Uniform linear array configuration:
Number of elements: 32
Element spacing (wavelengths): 1
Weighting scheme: kaiser
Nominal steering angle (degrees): -60
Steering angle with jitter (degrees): -61.685
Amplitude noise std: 0.05
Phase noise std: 0.05

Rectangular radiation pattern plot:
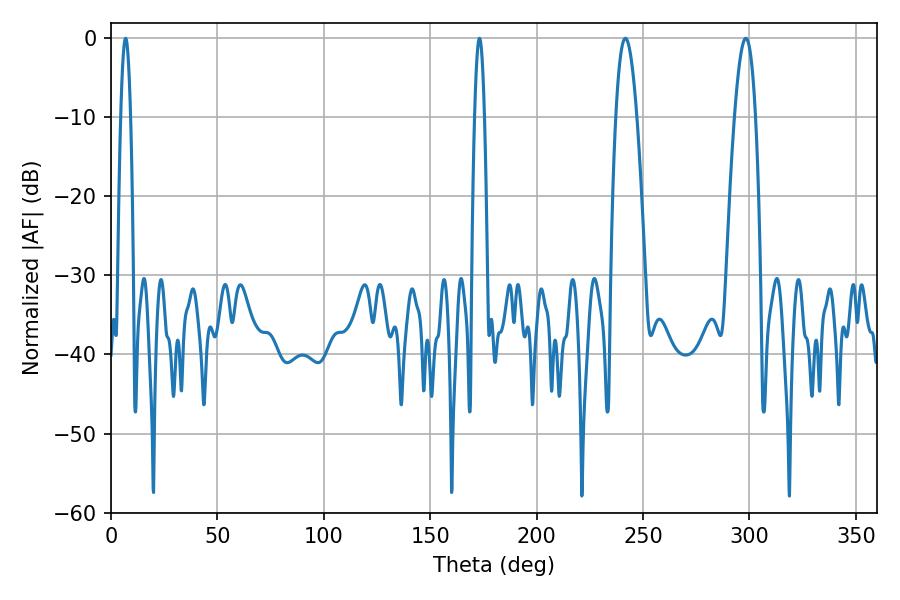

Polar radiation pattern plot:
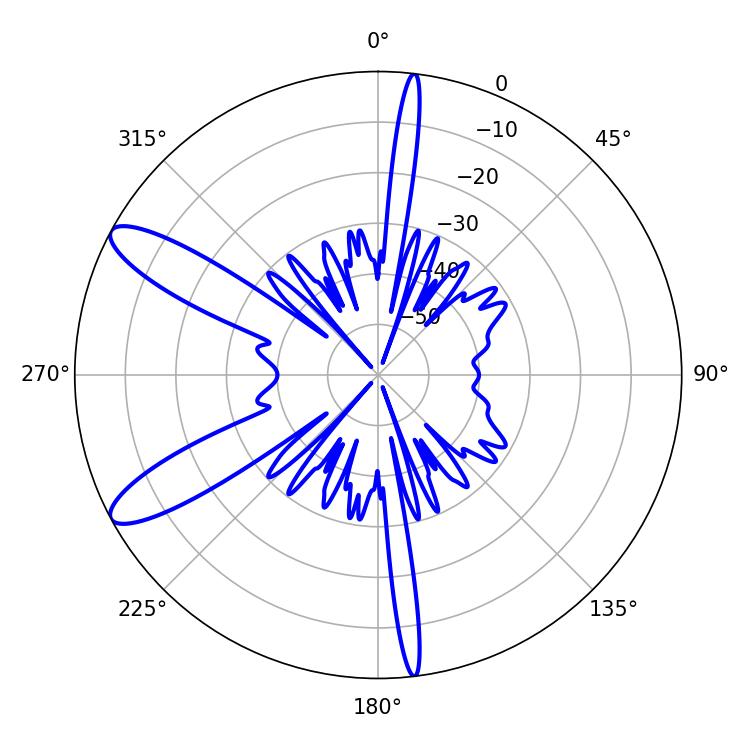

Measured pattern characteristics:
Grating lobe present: TRUE
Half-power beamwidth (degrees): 5.22
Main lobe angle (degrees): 298.26